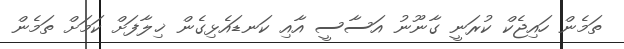
ތަމެން ހައިޖެކް ކުރަނީ ގާނޫނު އަސާސީ އާއި ކަނޑައެޅިގެން ޚިލާފަށް ކަމަށް ތަމެން